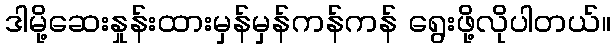
ဒါမို့ဆေးနှုန်းထားမှန်မှန်ကန်ကန် ရွေးဖို့လိုပါတယ်။